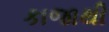
કાજાથી